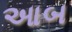
આબ